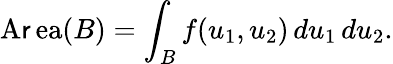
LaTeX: \operatorname{A\mathsf{r}ea}(B)=\int_{B}f(u_{1},u_{2})\, du_{1}\, du_{2}.